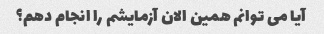
آیا می توانم همین الان آزمایشم را انجام دهم؟